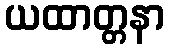
ယထာတ္တနာ